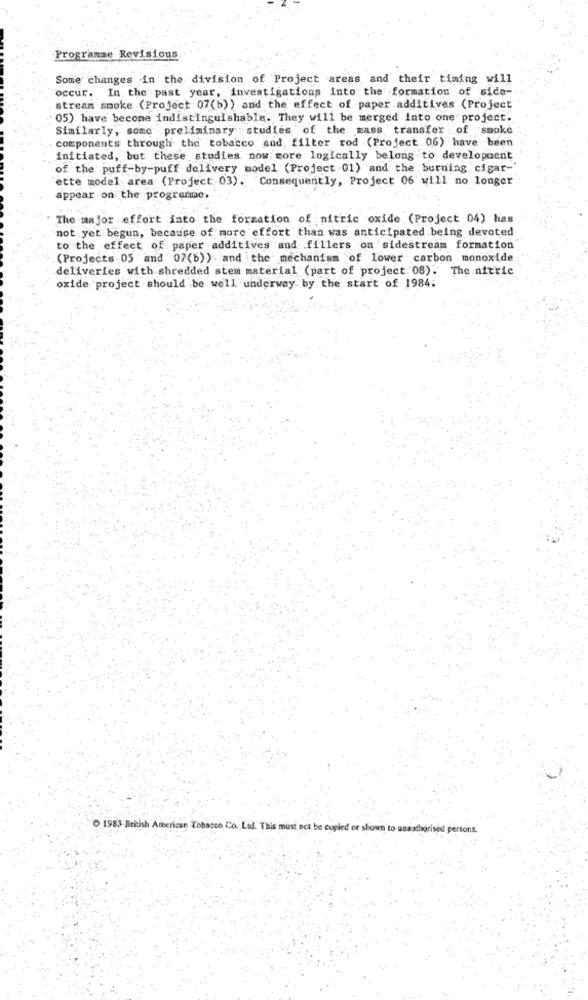
Programae Revisions
Some changes in the division of Project areas and their timing will
occur. In the past year, investigations into the formation of side-
stream smoke (Project 07(b)) and the effect of paper additives (Project
05) have become indistinguishable. They will be merged into one project.
Similarly, some preliminary studies of the mass transfer : of smoke
components through the tobacco and filter rod (Project 06) have been
initiated, but these studies now more logically belong to development
of the puff-by-puff delivery model (Project 01) and the burning cigar-'
ette model area (Project 03). Consequently, Project 06 will no longer
appear on the programme.
The major effort into the formation of nitric oxide (Project 04) has
not yet begun, because of more effort than was anticipated being devoted
to the effect of paper additives and fillers on sidestream formation
(Projects 05 and 07(b)) and the mechanism of lower carbon monoxide
deliveries with shredded stem material (part of project 08). The nitric
oxide project should be well underway by the start of 1984.
O 1983 British American Tobacco Co. Lod. This must not be copied or shown to unauthorised persons.